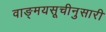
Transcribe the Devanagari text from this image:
वाङ्मयसूचीनुसारी